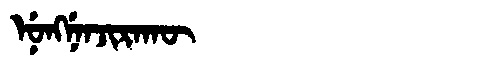
Manchu: ᠨᡠᠩᠨᡝᠨᠵᡳᡵᠠᡴᡡ
Romanization: NUNGNENJIRAKŪ